Calcutta medical institutions reports 1879-81 [i.e.91]
Year: 1879
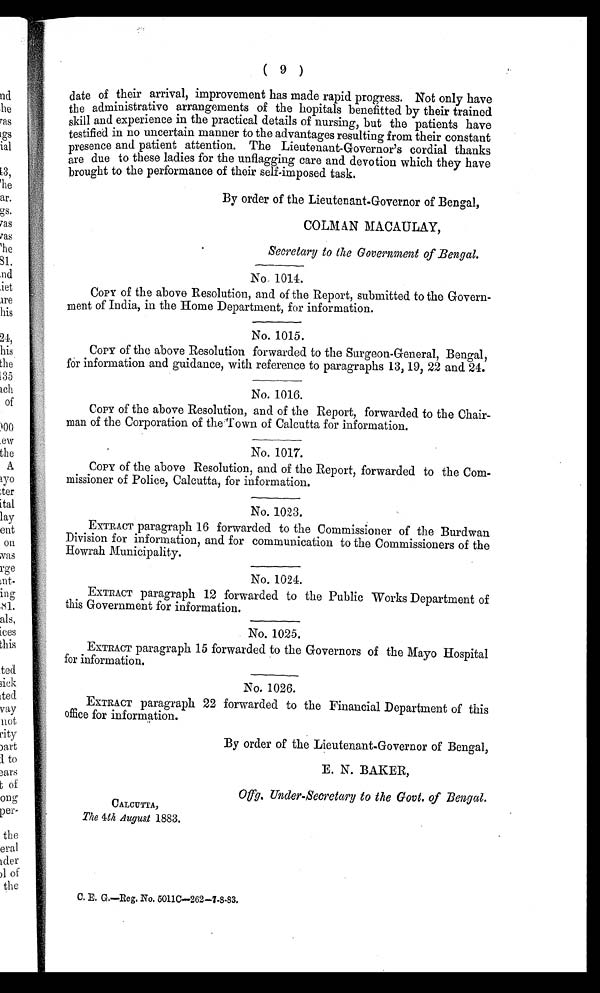
( 9 )
date of their arrival, improvement has made rapid progress. Not only have
the administrative arrangements of the hopitals benefitted by their trained
skill and experience in the practical details of nursing, but the patients have
testified in no uncertain manner to the advantages resulting from their constant
presence and patient attention. The Lieutenant-Governor's cordial thanks
are due to these ladies for the unflagging care and devotion which they have
brought to the performance of their self-imposed task.
By order of the Lieutenant-Governor of Bengal,
COLMAN MACAULAY,
Secretary to the Government of Bengal.
No. 1014.
COPY of the above Resolution, and of the Report, submitted to the Govern-
ment of India, in the Home Department, for information.
No. 1015.
COPY of the above Resolution forwarded to the Surgeon-General, Bengal,
for information and guidance, with reference to paragraphs 13, 19, 22 and 24.
No. 1016.
COPY of the above Resolution, and of the Report, forwarded to the Chair-
man of the Corporation of the Town of Calcutta for information.
No. 1017.
COPY of the above Resolution, and of the Report, forwarded to the Com-
missioner of Police, Calcutta, for information.
No. 1023.
EXTRACT paragraph 16 forwarded to the Commissioner of the Burdwan
Division for information, and for communication to the Commissioners of the
Howrah Municipality.
No. 1024.
EXTRACT paragraph 12 forwarded to the Public Works Department of
this Government for information.
No. 1025.
EXTRACT paragraph 15 forwarded to the Governors of the Mayo Hospital
for information.
No. 1026 .
EXTRACT paragraph 22 forwarded to the Financial Department of this
office for information.
By order of the Lieutenant-Governor of Bengal,
E. N. BAKER,
Offg. Under-Secretary to the Govt. of Bengal.
CALCUTTA,
The 4th August 1883.
C. E. G.—Reg. No. 5011C-262-7-8-83.